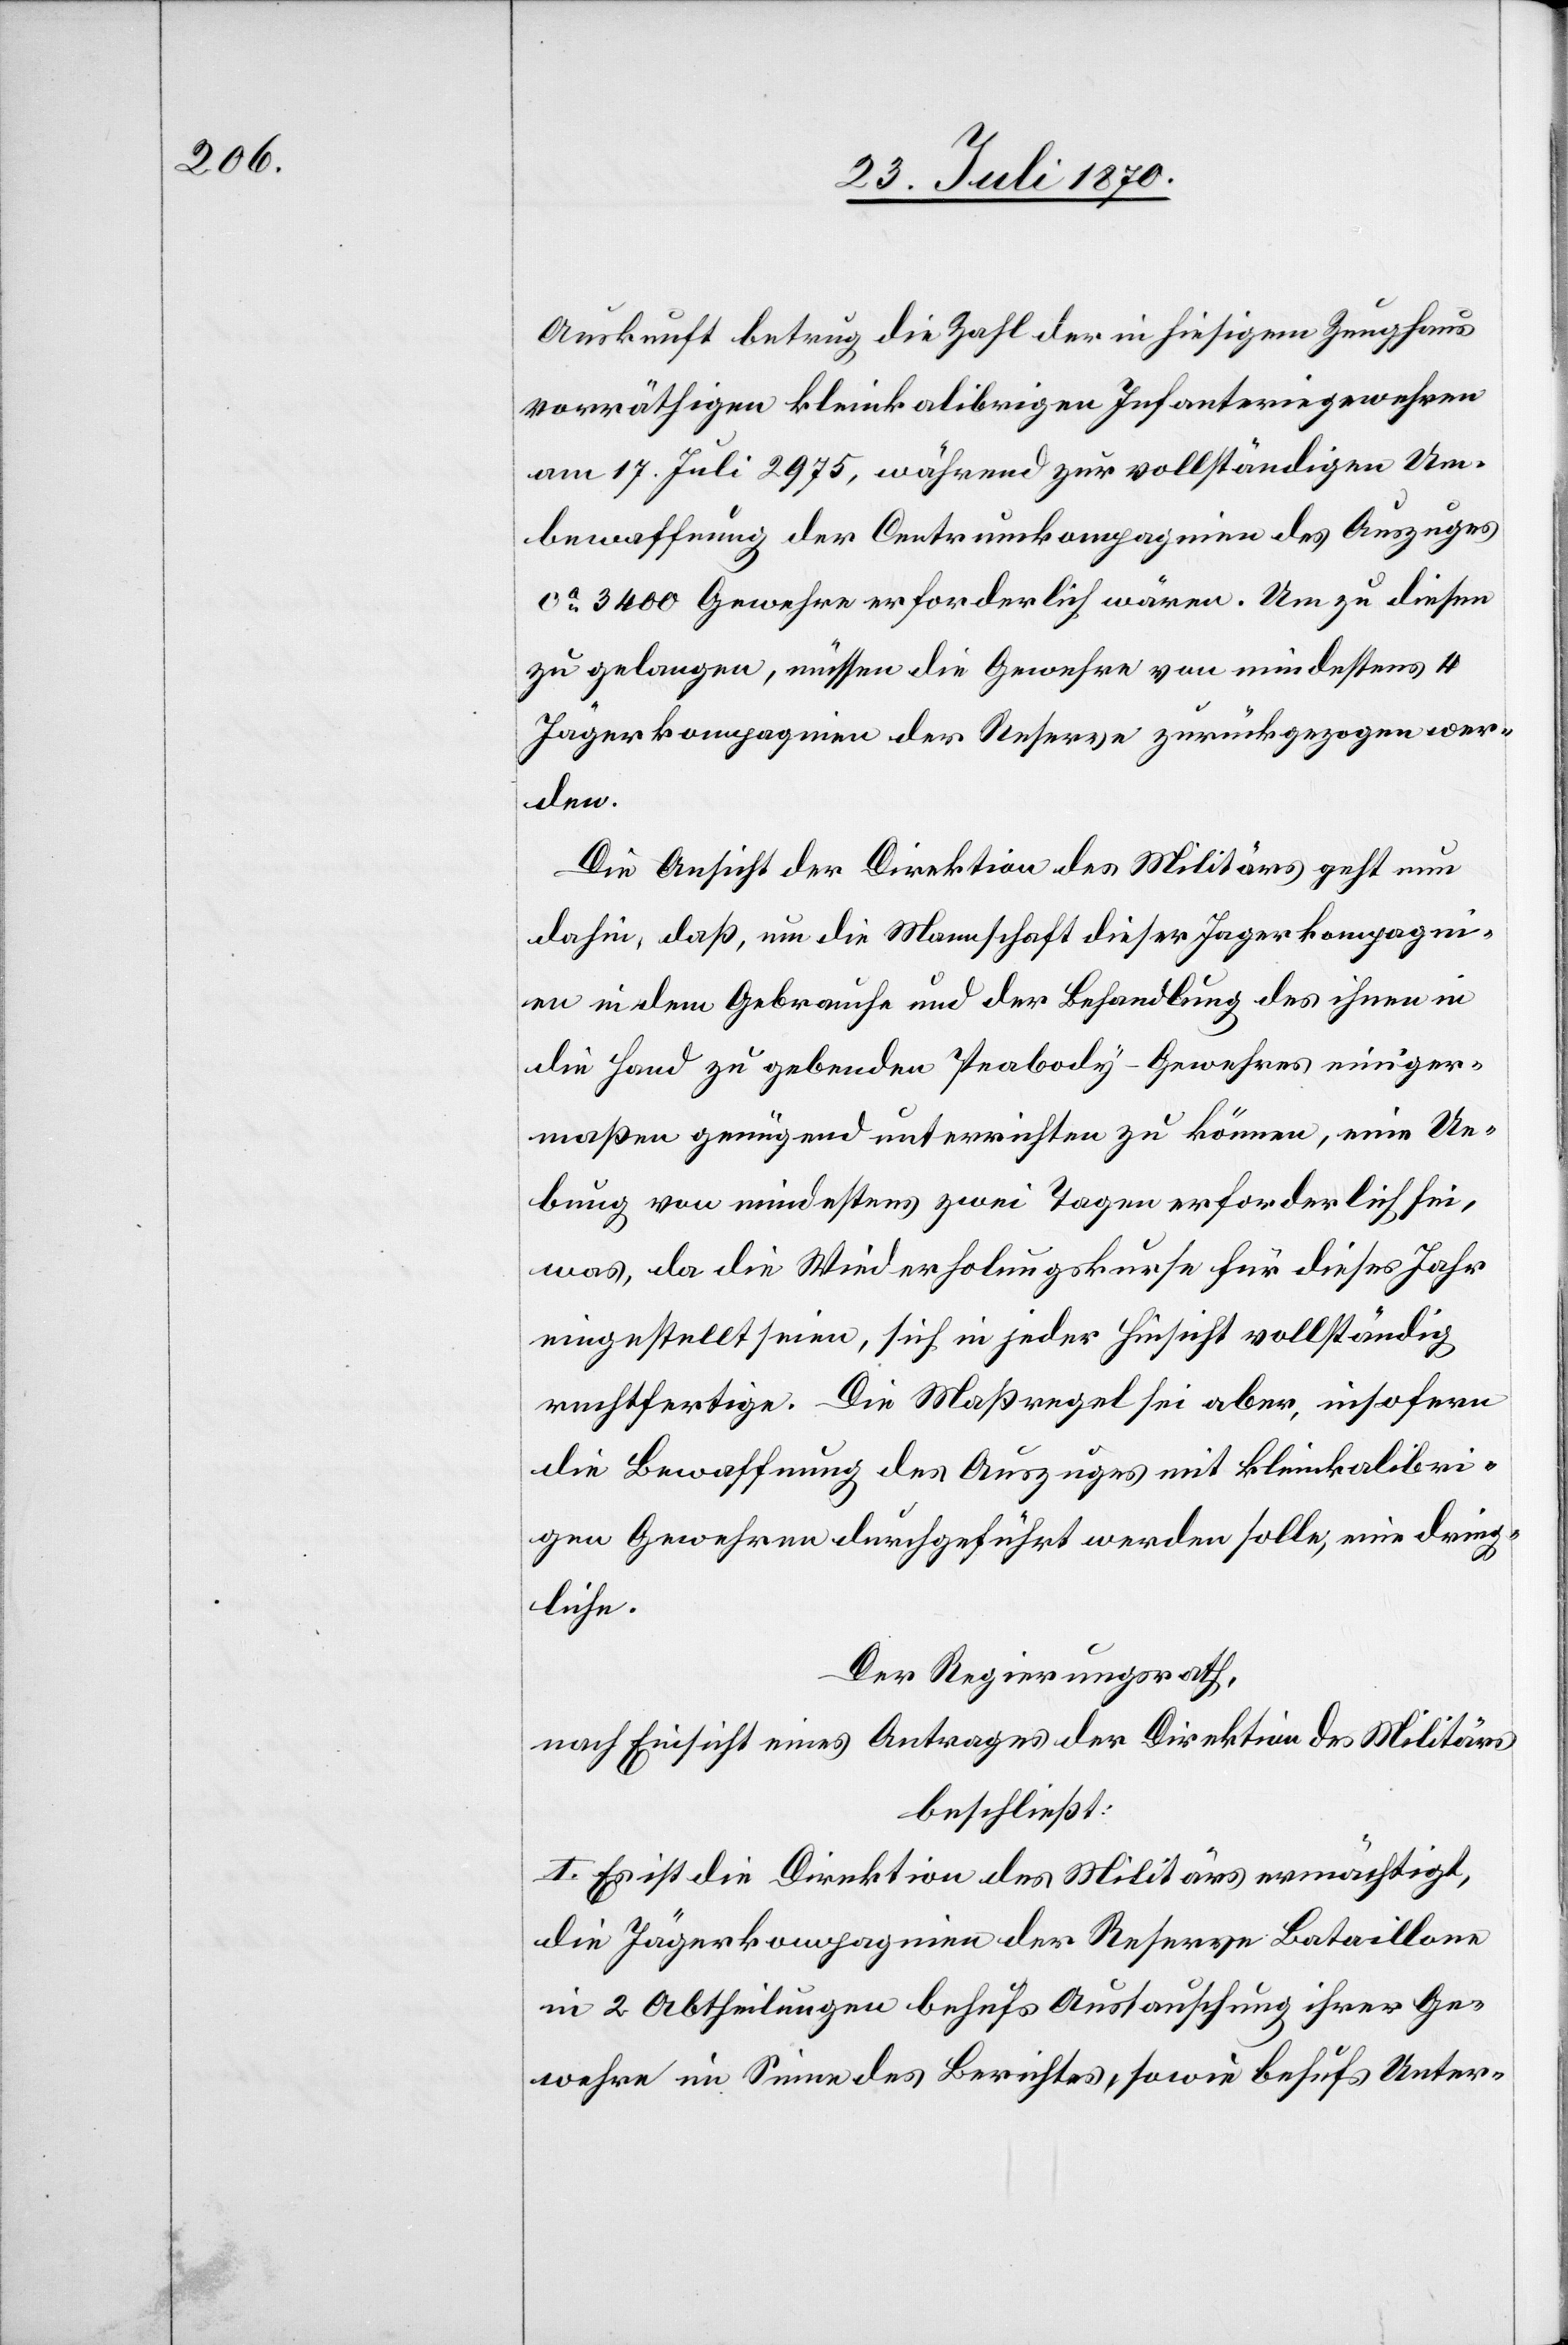
Auskunft betrug die Zahl der in hiesigem Zeughaus
vorräthigen kleinkalibrigen Infanteriegewehren
am 17. Juli 2975, während zur vollständigen Um¬
bewaffnung der Centrumkompagnien des Auszuges
ca 3400 Gewehre erforderlich wären. Um zu diesen
zu gelangen, müssen die Gewehre von mindestens 4
Jägerkompagnien der Reserve zurückgezogen wer¬
den.
Die Ansicht der Direktion des Militärs geht nun
dahin, daß, um die Mannschaft dieser Jagerkompagnien
in dem Gebrauche und der Behandlung des ihnen in
die Hand zu gebenden Peabody-Gewehres einiger¬
maßen genügend unterrichten zu können, eine Ue¬
bung von mindestens zwei Tagen erforderlich sei,
was, da die Wiederholungskurse für dieses Jahr
eingestellt seien, sich in jeder Hinsicht vollständig
rechtfertige. Die Maßregel sei aber, insofern
die Bewaffnung des Auszuges mit kleinkalibri¬
gen Gewehren durchgeführt werden solle, eine dring¬
liche.
Der Regierungsrath,
nach Einsicht eines Antrages der Direktion des Militärs
beschließt:
I. Es ist die Direktion des Militärs ermächtigt,
die Jägerkompagnien der Reserve Bataillone
in 2 Abtheilungen behufs Austauschung ihrer Ge¬
wehre im Sinne des Berichtes, sowie behufs Unter-